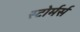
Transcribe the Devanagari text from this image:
स्टोर्मर्स